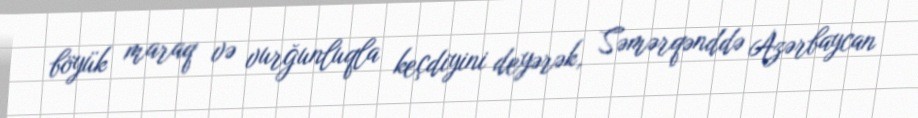
böyük maraq və vurğunluqla keçdiyini deyərək, Səmərqənddə Azərbaycan